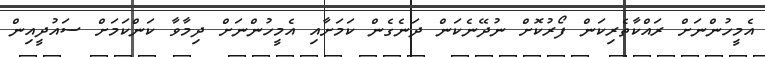
އެމީހުންނަށް ރައްކާތެރިކަން ފޯރުކޮށް ނުދޭނެކަން ދަނެގެން ކަމަށާއި އެމީހުންނަށް ދިމާވާ ކަންކަމަށް ސައުދީއިން